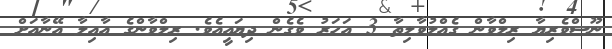
ނޫސްވެރިޔާ ރިލްވާން ގެއްލުވާލިތާ 3 އަހަރު ވެގެން ދިޔައީއެވެ. ރިލްވާންގެ އާއިލާ އޭނާއަށް